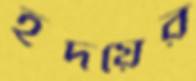
হ্রদয়ের